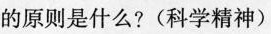
的原则是什么?(科学精神)